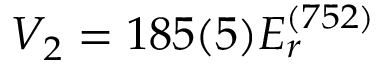
V _ { 2 } = 1 8 5 ( 5 ) E _ { r } ^ { ( 7 5 2 ) }